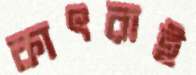
কাৎরাই